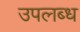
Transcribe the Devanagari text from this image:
उपल्‍ाब्‍ध